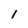
Character: 1